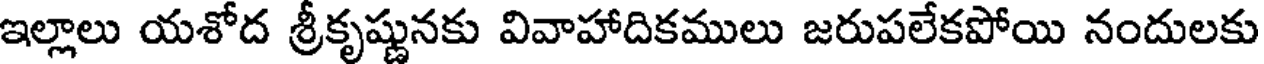
ఇల్లాలు యశోద శ్రీకృష్ణునకు వివాహాదికములు జరుపలేకపోయి నందులకు